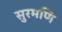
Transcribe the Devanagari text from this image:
सुरमणि